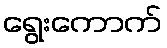
ရွေးကောက်